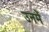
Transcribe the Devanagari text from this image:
उनमेें